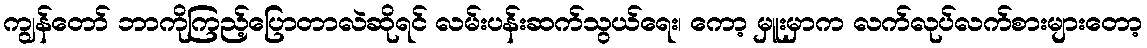
ကျွန်တော် ဘာကိုကြည့်ပြောတာလဲဆိုရင် လမ်းပန်းဆက်သွယ်ရေး၊ ကော့ မှူးမှာက လက်လုပ်လက်စားများတော့